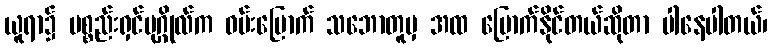
ယူရာ၌ ပစ္စည်းရှင်ပုဂ္ဂိုလ်က ဝမ်းမြောက် သဘောတူမှ အထ မြောက်နိုင်တယ်ဆိုတာ ပါနေပါတယ်၊